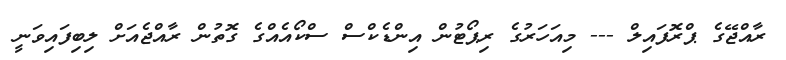
ރާއްޖޭގެ ޕްރޮފައިލް --- މިއަހަރުގެ ރިޕޯޓުން އިންޑެކްސް ސްކޯއެއްގެ ގޮތުން ރާއްޖެއަށް ލިބިފައިވަނީ